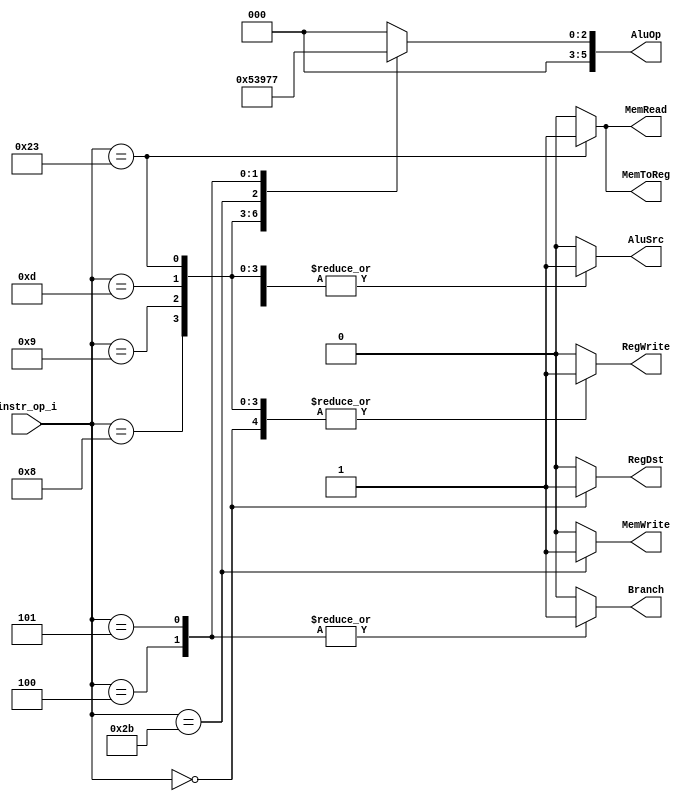
//Subject:     CO project 4 - Decoder
//--------------------------------------------------------------------------------
//Version:     1
//--------------------------------------------------------------------------------
//Writer:
//----------------------------------------------
//Date:
//----------------------------------------------
//Description:
//--------------------------------------------------------------------------------

module Decoder(
    instr_op_i,
    AluOp,
    AluSrc,
    RegDst,
    MemRead,
    MemWrite,
    Branch,
    RegWrite,
    MemToReg
	);

//I/O ports
input  [6-1:0]   instr_op_i;
output [6-1:0]   AluOp;
output           AluSrc;
output           RegDst;
output           MemRead;
output           MemWrite;
output           Branch;
output           RegWrite;
output           MemToReg;

reg	 [6-1:0]	  AluOp;
reg           	  AluSrc;
reg              RegDst;
reg              MemRead;
reg              MemWrite;
reg 				  Branch;
reg              RegWrite;
reg              MemToReg;

// ADD, ADDI, SUB, AND, OR, SLT, SLTIU, SRA, SRAV, ORI, LW, SW, MUL.


//Internal Signals


always @(*) begin
  case (instr_op_i)
    6'b000000 : begin // r type
        AluOp = 6'b000000;
        AluSrc = 0;
        RegDst = 1;
        MemRead = 0;
        MemWrite = 0;
        Branch = 0;
        RegWrite = 1;
        MemToReg = 0;
    end
    6'b001000: begin // ADDI
        AluOp = 6'b000001;
        AluSrc = 1;
        RegDst = 0;
        MemRead = 0;
        MemWrite = 0;
        Branch = 0;
        RegWrite = 1;
        MemToReg = 0;
    end
    6'b001001: begin // SLTIU
        AluOp = 6'b000010;
        AluSrc = 1;
        RegDst = 0;
        MemRead = 0;
        MemWrite = 0;
        Branch = 0;
        RegWrite = 1;
        MemToReg = 0;
    end
    6'b001101: begin // ORI
        AluOp = 6'b000011;
        AluSrc = 1;
        RegDst = 0;
        MemRead = 0;
        MemWrite = 0;
        Branch = 0;
        RegWrite = 1;
        MemToReg = 0;
    end
    6'b100011: begin //  LW
        AluOp = 6'b000100;
        AluSrc = 1;
        RegDst = 0;
        MemRead = 1;
        MemWrite = 0;
        Branch = 0;
        RegWrite = 1;
        MemToReg = 1;
    end
    6'b101011: begin //  SW
        AluOp = 6'b000101;
        AluSrc = 1;
        RegDst = 0;
        MemRead = 0;
        MemWrite = 1;
        Branch = 0;
        RegWrite = 0;
        MemToReg = 0;
    end
    6'b000100: begin // BEQ
        AluOp = 6'b000110;
        AluSrc = 0;
        RegDst = 0;
        MemRead = 0;
        MemWrite = 0;
        Branch = 1;
        RegWrite = 0;
        MemToReg = 0;
    end
    6'b000101: begin // BNE
        AluOp = 6'b000111;
        AluSrc = 0;
        RegDst = 0;
        MemRead = 0;
        MemWrite = 0;
        Branch = 1;
        RegWrite = 0;
        MemToReg = 0;
    end
    default: begin
        AluOp = 6'b000000;
        AluSrc = 0;
        RegDst = 0;
        MemRead = 0;
        MemWrite = 0;
        Branch = 0;
        RegWrite = 0;
        MemToReg = 0;
    end
  endcase
end
endmodule